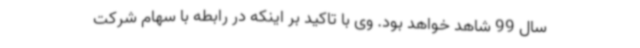
سال 99 شاهد خواهد بود. وی با تاکید بر اینکه در رابطه با سهام شرکت